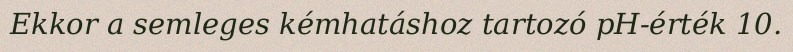
Ekkor a semleges kémhatáshoz tartozó pH-érték 10.